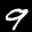
Label: 9